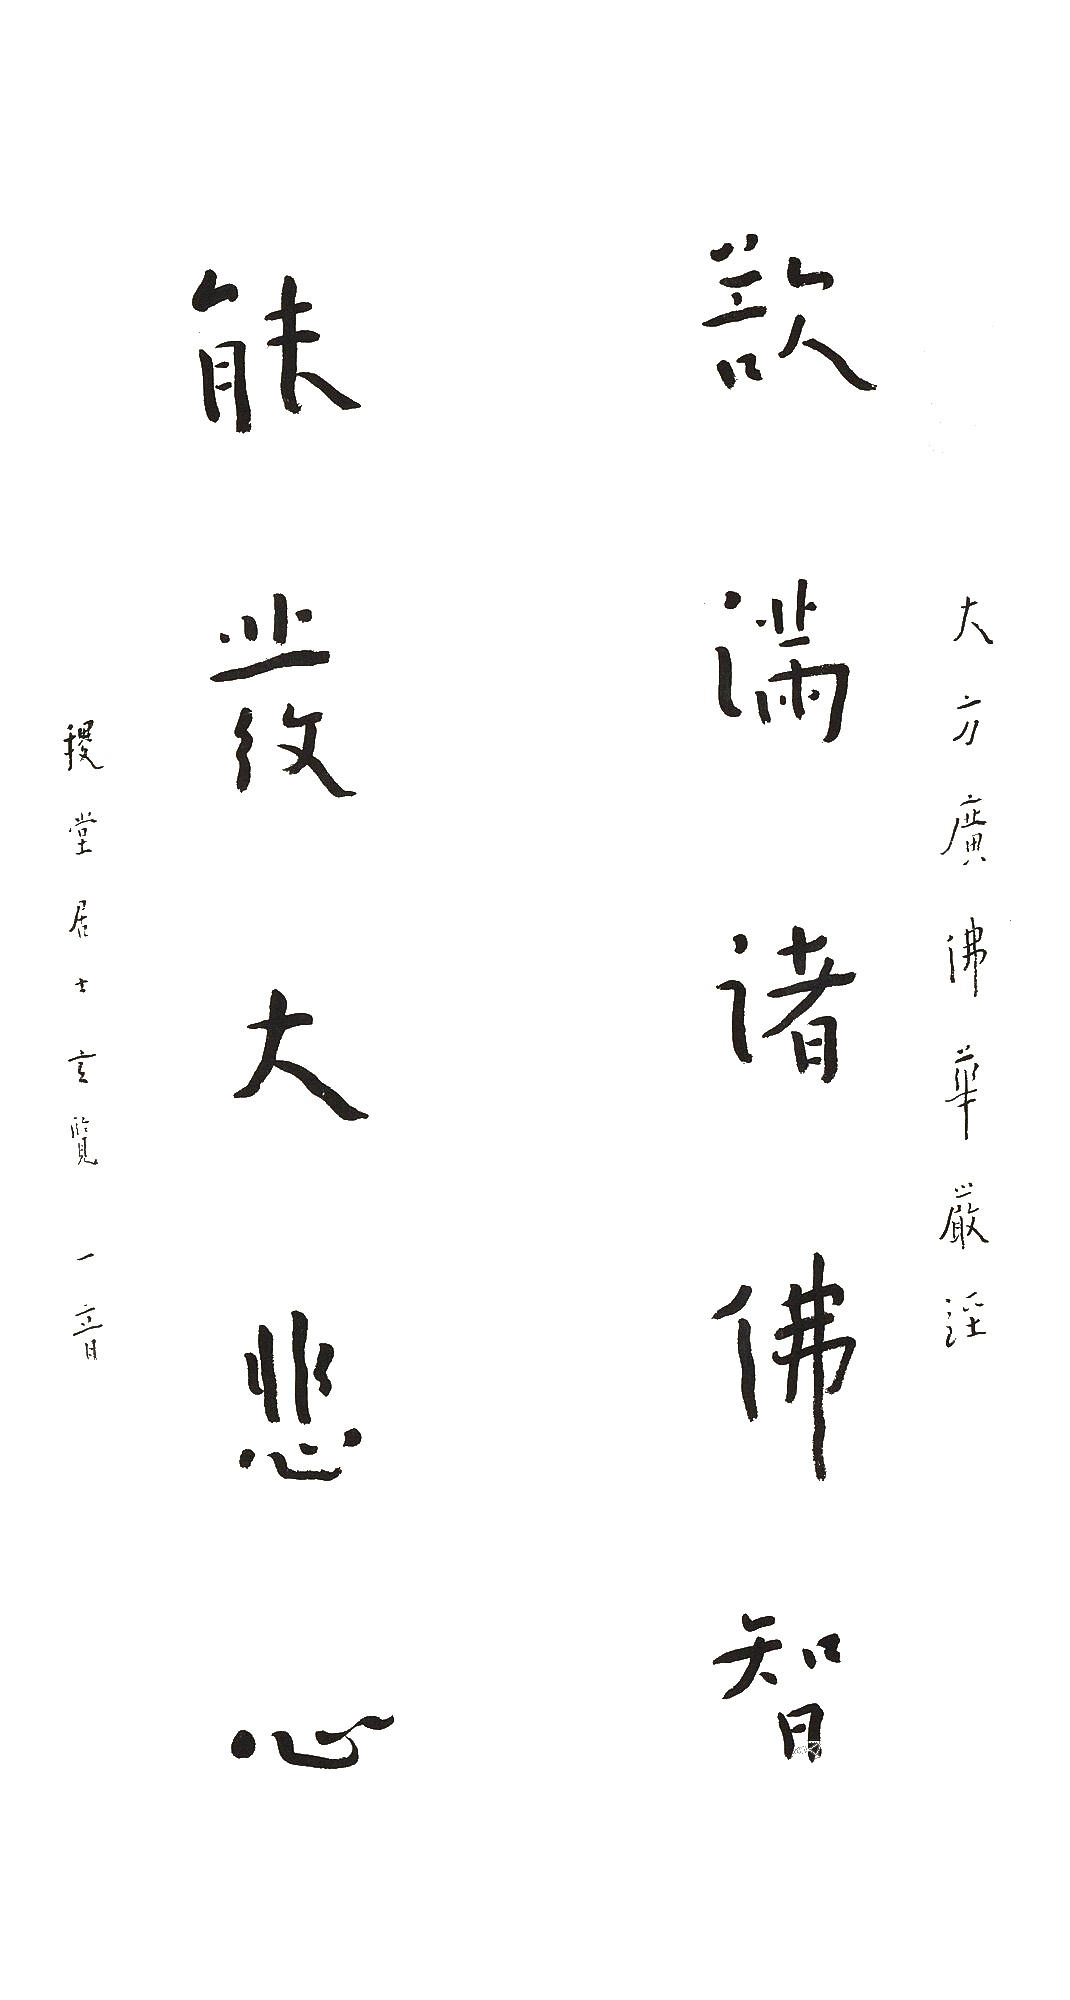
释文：欲满诸佛智慧，能发大悲心。大方广佛华严经，稷堂居士玄览，一音。